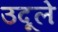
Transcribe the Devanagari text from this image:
उदूले